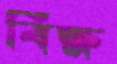
বিক্ষ